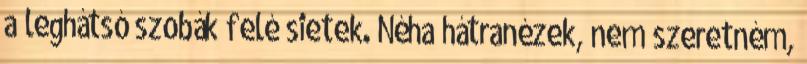
a leghátsó szobák felé sietek. Néha hátranézek, nem szeretném,